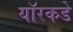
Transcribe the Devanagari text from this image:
यॉरकडे